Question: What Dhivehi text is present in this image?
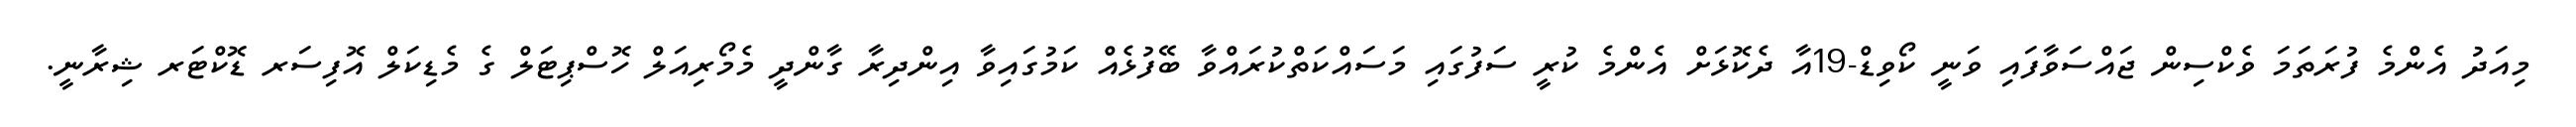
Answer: މިއަދު އެންމެ ފުރަތަމަ ވެކްސިން ޖައްސަވާފައި ވަނީ ކޯވިޑް-19އާ ދެކޮޅަށް އެންމެ ކުރީ ސަފުގައި މަސައްކަތްކުރައްވާ ބޭފުޅެއް ކަމުގައިވާ އިންދިރާ ގާންދީ މެމޯރިއަލް ހޮސްޕިޓަލް ގެ މެޑިކަލް އޮފިސަރ ޑޮކްޓަރ ޝިރާނީ.